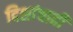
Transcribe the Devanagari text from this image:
दिशांचाही